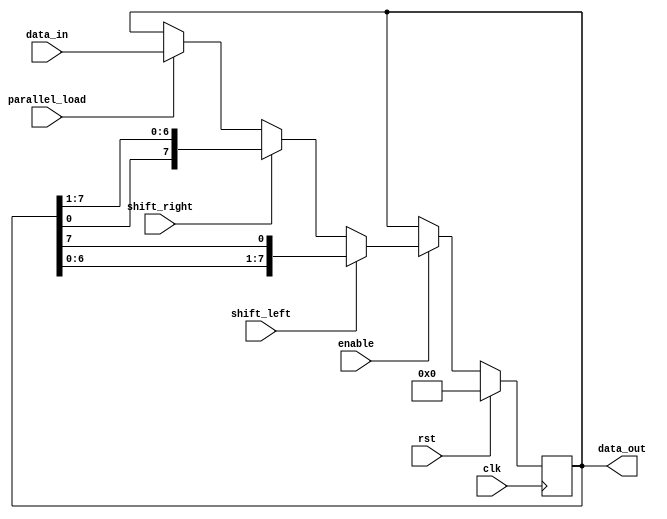
module universal_shift_register (
  input clk,
  input rst,
  input shift_left,
  input shift_right,
  input parallel_load,
  input [7:0] data_in,
  input enable,
  output reg [7:0] data_out
);

reg [7:0] reg_data;

always @(posedge clk) begin
  if (rst) begin
    reg_data <= 8'h00;
  end else begin
    if (enable) begin
      if (shift_left) begin
        reg_data <= {reg_data[6:0], reg_data[7]};
      end else if (shift_right) begin
        reg_data <= {reg_data[0], reg_data[7:1]};
      end else if (parallel_load) begin
        reg_data <= data_in;
      end
    end
  end
end

assign data_out = reg_data;

endmodule